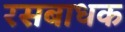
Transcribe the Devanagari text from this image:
रसबाधक